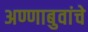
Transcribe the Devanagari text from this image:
अण्णाबुवांचे